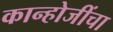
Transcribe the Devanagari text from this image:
कान्होजींचा